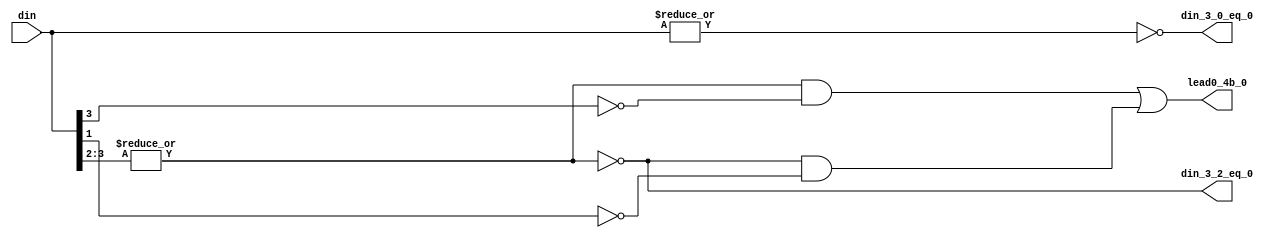
module fpu_cnt_lead0_lvl1 (
	din,
	din_3_0_eq_0,
	din_3_2_eq_0,
	lead0_4b_0
);
input [3:0]	din;			
output		din_3_0_eq_0;		
output		din_3_2_eq_0;		
output		lead0_4b_0;		
wire		din_3_0_eq_0;
wire		din_3_2_eq_0;
wire		lead0_4b_0;
assign din_3_0_eq_0= (!(|din[3:0]));
assign din_3_2_eq_0= (!(|din[3:2]));
assign lead0_4b_0= ((!din_3_2_eq_0) && (!din[3]))
		|| (din_3_2_eq_0 && (!din[1]));
endmodule